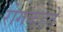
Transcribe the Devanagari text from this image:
रोगकहते